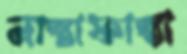
নাস্তাফাস্তা